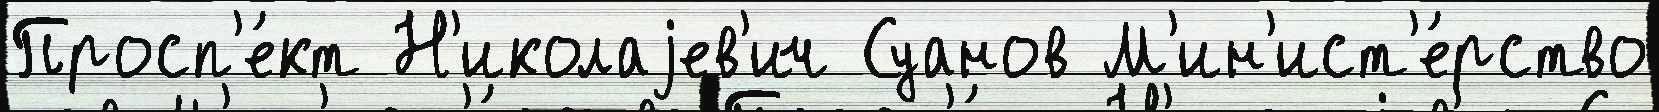
Просп'е́кт Н'иколаjев'ич Суанов М'ин'ист'е́рство